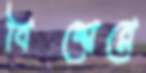
বিশ্বেরে